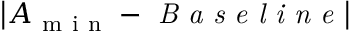
\left| A _ { \mathrm { ~ m ~ i ~ n ~ } } - \textit { B a s e l i n e } \right|